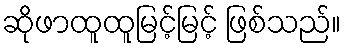
ဆိုဖာထူထူမြင့်မြင့် ဖြစ်သည်။